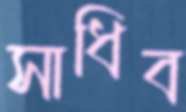
সাধিব